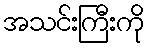
အသင်းကြီးကို